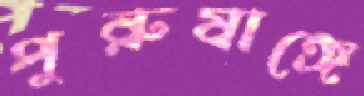
পুরুষাঙ্গে